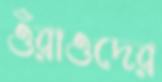
ওঁরাওদের